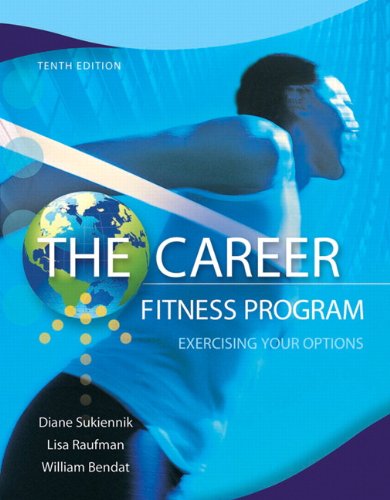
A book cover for The Career Fitness Program: Exercising Your Options (10th Edition); Diane Sukiennik Professor Emeritus; Business & Money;